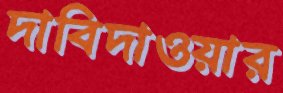
দাবিদাওয়ার